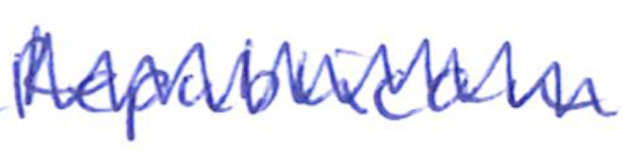
Text: Republican
Cross-out: zig-zag
Writing tool: ballpoint